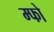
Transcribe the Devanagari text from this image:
म्फो